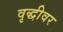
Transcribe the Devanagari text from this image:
वृद्धीवर